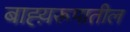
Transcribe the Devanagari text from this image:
बाह्य़रूपातील